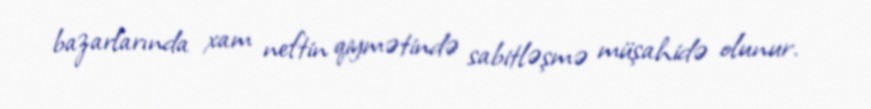
bazarlarında xam neftin qiymətində sabitləşmə müşahidə olunur.